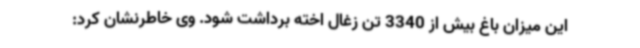
این میزان باغ بیش از 3340 تن زغال اخته برداشت شود. وی خاطرنشان کرد: